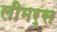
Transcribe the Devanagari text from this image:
लीमर्स